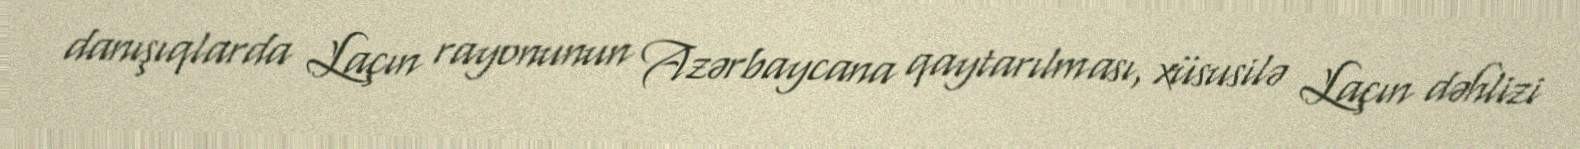
danışıqlarda Laçın rayonunun Azərbaycana qaytarılması, xüsusilə Laçın dəhlizi